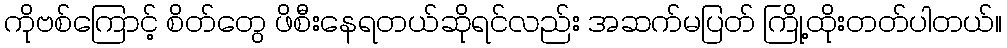
ကိုဗစ်ကြောင့် စိတ်တွေ ဖိစီးနေရတယ်ဆိုရင်လည်း အဆက်မပြတ် ကြို့ထိုးတတ်ပါတယ်။